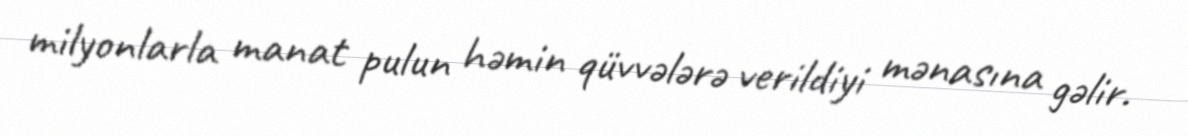
milyonlarla manat pulun həmin qüvvələrə verildiyi mənasına gəlir.